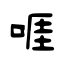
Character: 啀